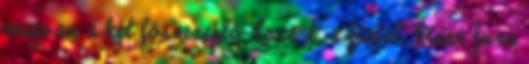
megvan a két főszereplő Luce-t, a fiatal, kissé fura